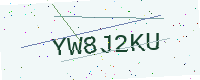
Text: YW8J2KU